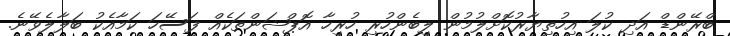
ބްރޭންޑް އަދި ކުލަ އިހުތިޔާރުކޮށްލުމުން ލިބެންހުރި ހުރިހާ އޮޕްޝަންތަކެއް ފަސޭހަ ކަމާއެކު ބަލާލެވޭނެ.